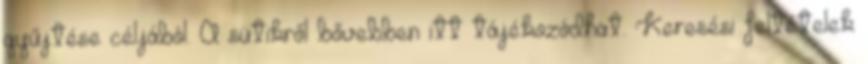
gyűjtése céljából. A sütikről bővebben itt tájékozódhat. Keresési feltételek